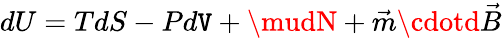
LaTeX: dU=TdS-Pd\mathtt{V}+\mudN+\vec{{m}}\cdotd\vec{{B}}